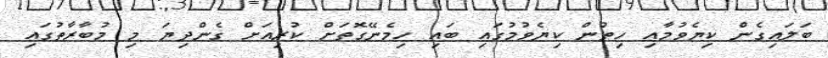
ބަލައިގެން ކިޔެވުމާއި ހިތުން ކިޔެވުމުގައި ބައި ހިމެނޭގޮތަށް ކުރިއަށް ގެންދިޔަ މި މުބާރާތުގައި